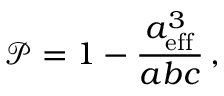
\mathcal { P } = 1 - \frac { a _ { \mathrm { e f f } } ^ { 3 } } { a b c } \, ,